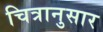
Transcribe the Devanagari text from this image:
चित्रानुसार